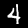
Label: 4